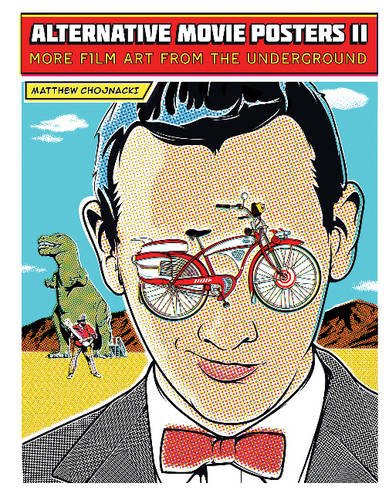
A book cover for Alternative Movie Posters II: More Film Art from the Underground; Matthew Chojnacki; Humor & Entertainment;